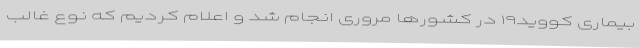
بیماری کووید۱۹ در کشورها مروری انجام شد و اعلام کردیم که نوع غالب